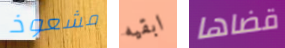
مشعوذ ابقيه قضاها